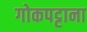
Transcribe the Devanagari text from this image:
गोकपट्टाना